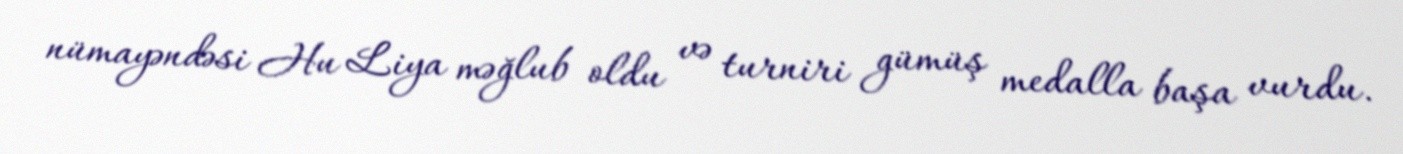
nümayəndəsi Hu Liya məğlub oldu və turniri gümüş medalla başa vurdu.